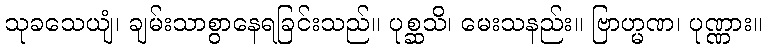
သုခသေယျံ၊ ချမ်းသာစွာနေရခြင်းသည်။ ပုစ္ဆသိ၊ မေးသနည်း။ ဗြာဟ္မဏ၊ ပုဏ္ဏား။